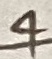
Text: 4